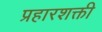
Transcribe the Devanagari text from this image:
प्रहारशक्ती